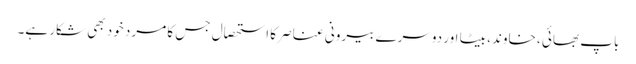
باپ بھائی ، خاوند، بیٹا اور دوسرے بیرونی عناصر کا استحصال جس کا مرد خود بھی شکار ہے۔